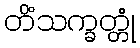
တိံသက္ခတ္တုံ